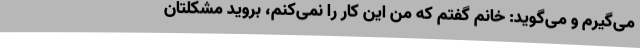
می‌گیرم و می‌گوید: خانم گفتم که من این کار را نمی‌کنم، بروید مشکلتان